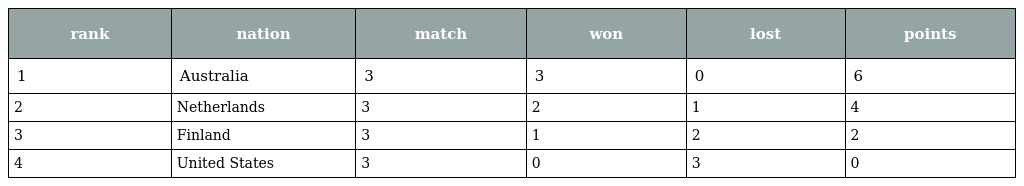
| rank | nation | match | won | lost | points |
 | --- | --- | --- | --- | --- | --- |
 | 1 | Australia | 3 | 3 | 0 | 6 |
 | 2 | Netherlands | 3 | 2 | 1 | 4 |
 | 3 | Finland | 3 | 1 | 2 | 2 |
 | 4 | United States | 3 | 0 | 3 | 0 |